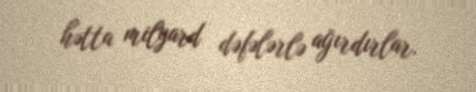
hətta milyard dəfələrlə ağırdırlar.